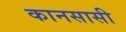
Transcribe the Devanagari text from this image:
कानसासी